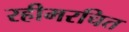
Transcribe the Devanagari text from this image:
रहीमरचित